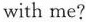
with me?